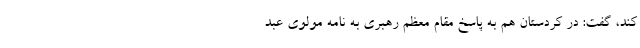
کند، گفت: در کردستان هم به پاسخ مقام معظم رهبری به نامه مولوی عبد